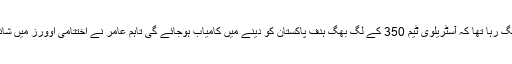
ایک موقع پر ایسا لگ رہا تھا کہ آسٹریلوی ٹیم 350 کے لگ بھگ ہدف پاکستان کو دینے میں کامیاب ہوجائے گی تاہم عامر نے اختتامی اوورز میں شاندار گیند بازی کی۔